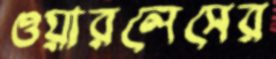
ওয়ারলেসের